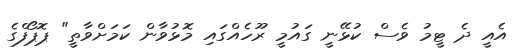
އެއީ ދެ ޓީމު ވެސް ކުޅޭނީ ގައުމީ ރޫހެއްގައި މޮޅުވާން ކަމަށްވާތީ" ޕޮޕޯފްގެ